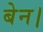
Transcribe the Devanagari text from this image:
बेन।